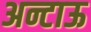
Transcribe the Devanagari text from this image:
अन्टाऊ